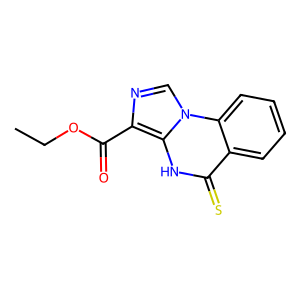
SMILES: CCOC(=O)c1ncn2c1[nH]c(=S)c1ccccc12
Inhibits HIV replication: No